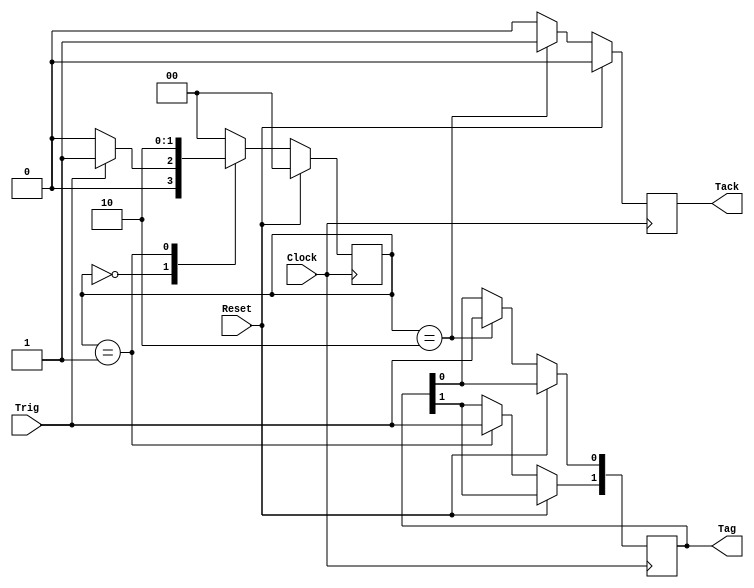
module TriggerReceiver_RTL(
	Clock, //Clock
	Reset, //Active high reset
    Trig,  //Input trigger acknowledge signal
	Tack,  //Trigger signal
	Tag    //Trigger tag
);

// State machine to detect a signal on the Trigger Acknowledge input
// and pull off the 2-bit trigger tag.  Note that two triggers do
// not need to be separated by a zero.  For example, the sequence
// 0100101110111 would generate 4 sequential triggers with tags
// 00, 01, 10, and 11.

input Clock;
input Reset;
input Trig;
output Tack;
output [1:0] Tag;

wire Clock, Reset, Trig;
reg Tack;
reg [1:0] Tag;

//Binary encoding of states:
parameter [1:0] IDLE = 2'b00;   //Look for a start bit
parameter [1:0] CB01 = 2'b01;   //Catch the first tag bit
parameter [1:0] CB02 = 2'b10;   //Catch the second tag bit

reg [1:0] State, NextState;

always @ (State or Trig)
begin:COMBINATORIAL_LOGIC
  NextState=0;
  case(State)
    IDLE:if (Trig == 1'b1) begin
           NextState=CB01;
         end else begin
           NextState=IDLE;
         end
    CB01: NextState=CB02;
    CB02: NextState=IDLE;
    default: NextState=IDLE;
  endcase
end

always @ (posedge Clock)
begin:SEQUENTIAL_LOGIC
  if (Reset) begin
    State <= IDLE;
    Tack <= 0;
  end else begin
    State <= NextState;
    case(State)
      IDLE: Tack <= 0;
      CB01: begin
              Tack <= 0;
              Tag[1] <= Trig;
            end 
      CB02: begin
              Tack <= 1;
              Tag[0] <= Trig;
            end 
      default: Tack <= 0; 
    endcase
  end
end

endmodule